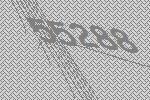
55288